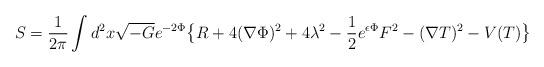
LaTeX: \begin{align*}S = {1 \over 2 \pi} \int d^2 x \sqrt{-G} e^{-2\Phi} \big \{ R + 4 (\nabla \Phi)^2 + 4\lambda^2 - {1 \over 2}e^{\epsilon \Phi} F^2 - (\nabla T)^2 - V(T) \big \}\end{align*}